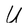
Character: U